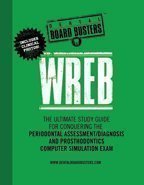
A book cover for Wreb: The Ultimate Study Guide for Conquering the Periodontal Assessment/Diagnosis and Prosthodontics Computer Simulation Ex; Rick J. Rubin; Medical Books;